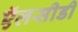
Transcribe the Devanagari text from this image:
ऍलसीडी